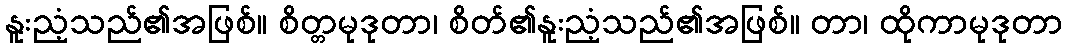
နူးညံ့သည်၏အဖြစ်။ စိတ္တမုဒုတာ၊ စိတ်၏နူးညံ့သည်၏အဖြစ်။ တာ၊ ထိုကာမုဒုတာ